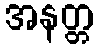
အနတ္တ